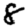
Digit: 8